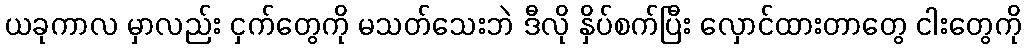
ယခုကာလ မှာလည်း ငှက်တွေကို မသတ်သေးဘဲ ဒီလို နှိပ်စက်ပြီး လှောင်ထားတာတွေ ငါးတွေကို